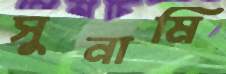
সুনামি